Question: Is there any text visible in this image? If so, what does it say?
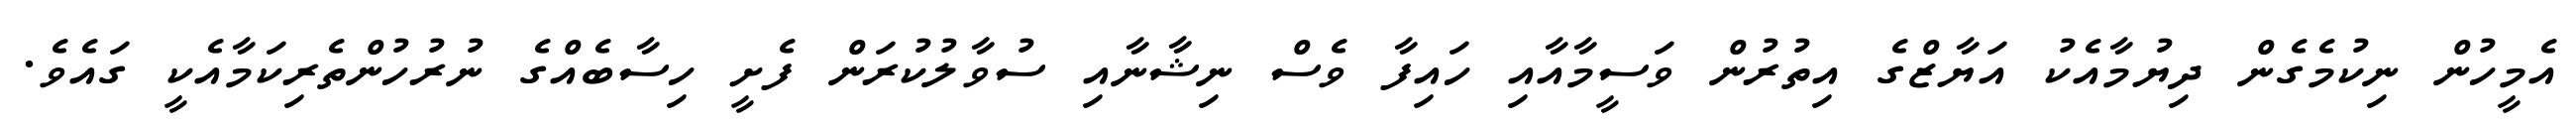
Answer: އެމީހުން ނިކުމެގެން ދިޔުމާއެކު އަޔާޒްގެ އިތުރުން ވަސީމާއާއި ހައިފާ ވެސް ނިޝާނާއި ސުވާލުކުރަން ފެށީ ހިސާބެއްގެ ނުރުހުންތެރިކަމާއެކީ ގައެވެ.